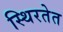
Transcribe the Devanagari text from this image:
स्थिरतेत